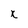
Character: x